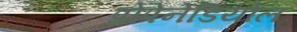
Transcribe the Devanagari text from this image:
प्रोपेनेडियोल